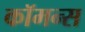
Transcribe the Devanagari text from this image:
कॉमन्‍स